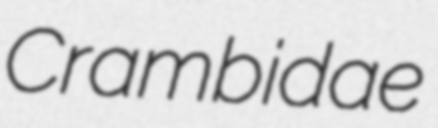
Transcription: Crambidae